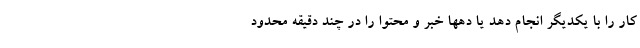
کار را با یکدیگر انجام دهد یا دهها خبر و محتوا را در چند دقیقه محدود